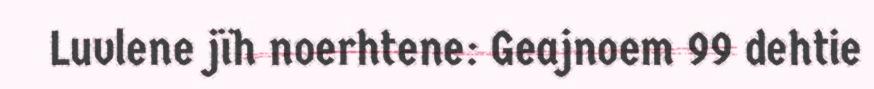
Luvlene jïh noerhtene: Geajnoem 99 dehtie